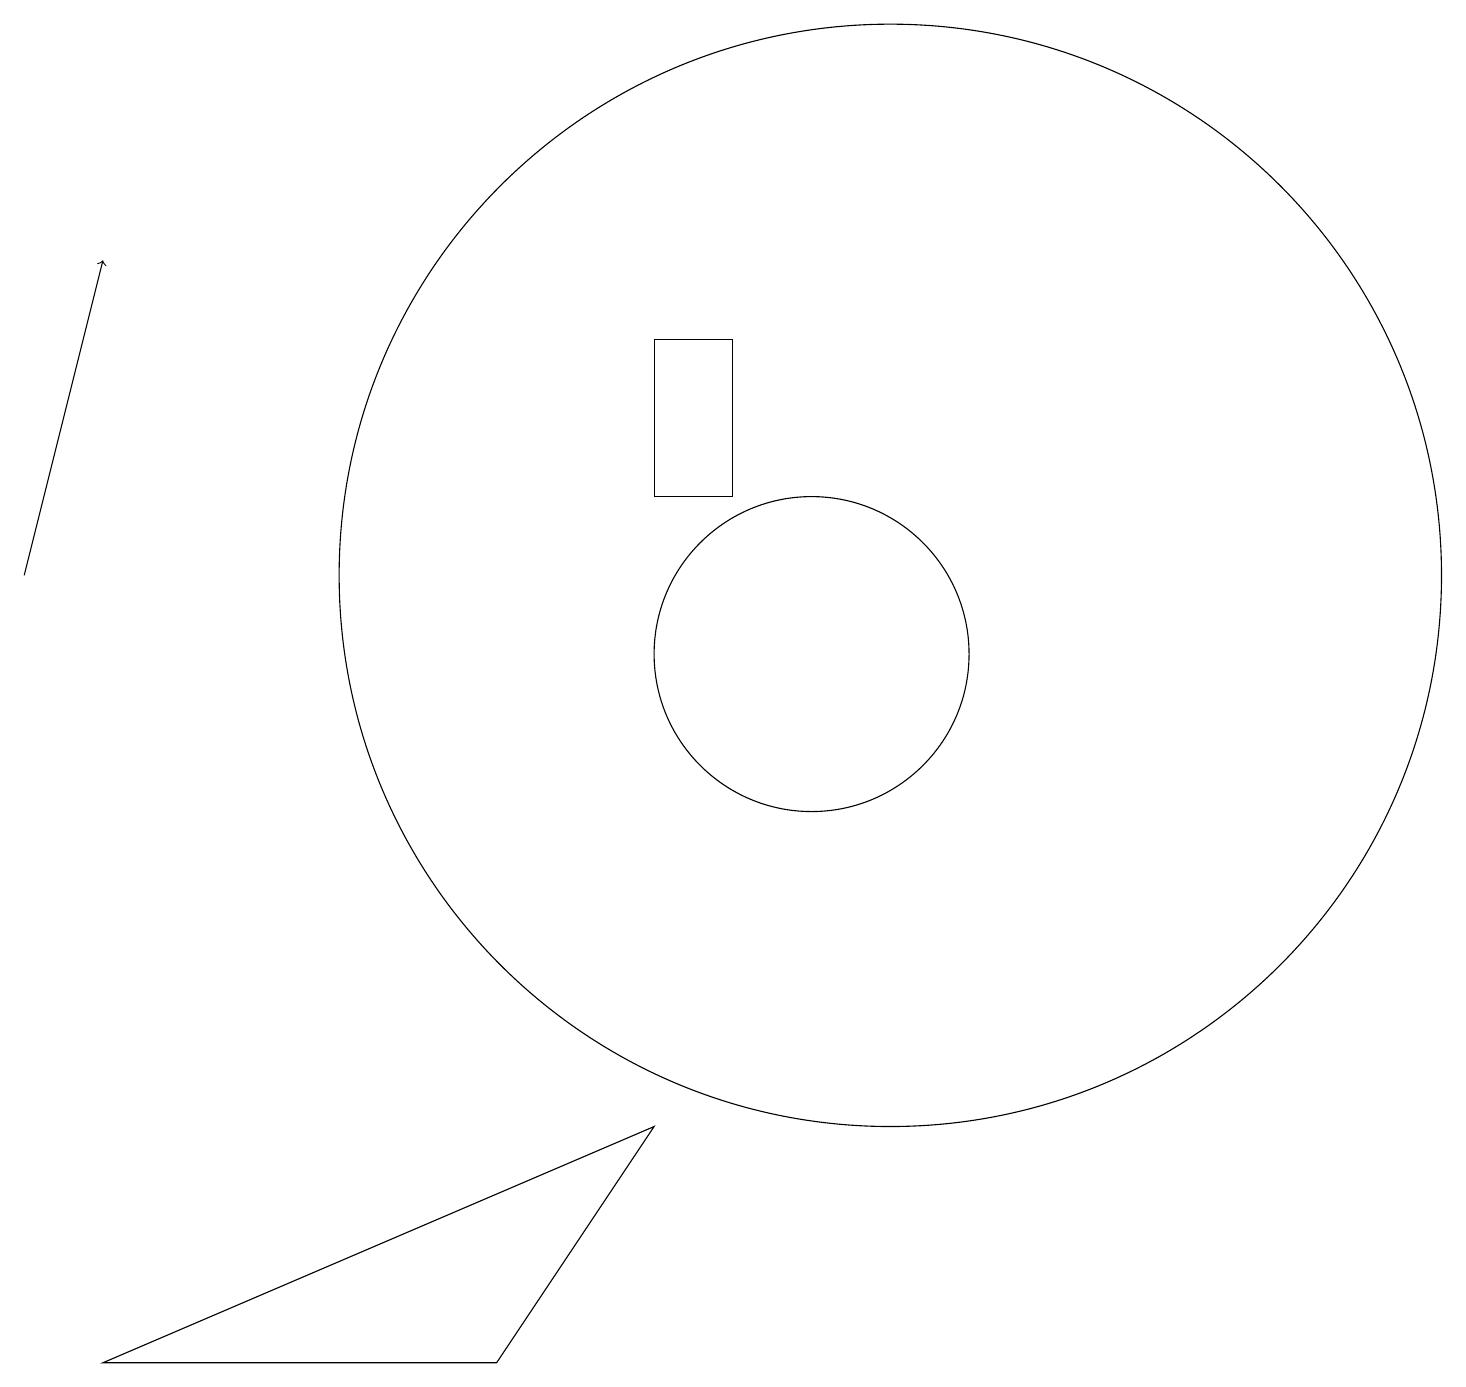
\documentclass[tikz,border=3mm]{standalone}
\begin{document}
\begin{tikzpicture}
\draw[->] (0,12) -- (1,16);
\draw (9,13) rectangle (8,15);
\draw (11,12) circle (7);
\draw (8,5) -- (6,2) -- (1,2) -- cycle;
\draw (10,11) circle (2);
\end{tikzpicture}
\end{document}